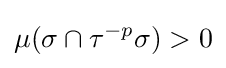
\mu (\sigma \cap \tau ^{-p}\sigma )>0